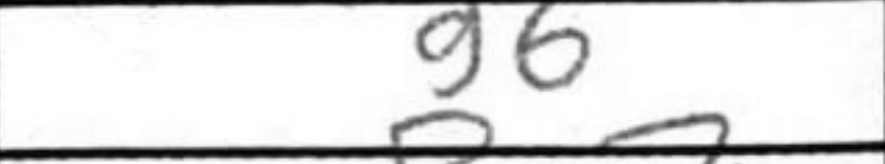
Transcription: g6